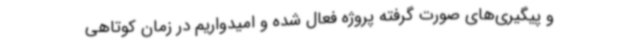
و پیگیری‌های صورت گرفته پروژه فعال شده و امیدواریم در زمان کوتاهی